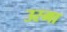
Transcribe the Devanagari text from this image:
उरमा